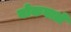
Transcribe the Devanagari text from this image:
योकवाले